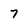
Character: 7